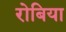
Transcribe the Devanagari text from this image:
रोबिया